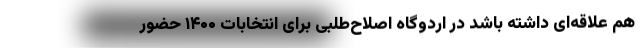
هم علاقه‌ای داشته باشد در اردوگاه اصلاح‌طلبی برای انتخابات ۱۴۰۰ حضور